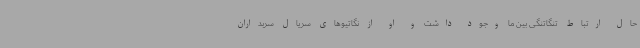
حال ارتباط تنگاتنگی بین ما وجود داشت و او از نگاتیوهای سریال سربداران